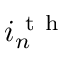
i _ { n } ^ { \mathrm { ~ t ~ h ~ } }